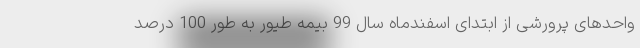
واحدهای پرورشی از ابتدای اسفندماه سال 99 بیمه طیور به طور 100 درصد